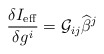
\begin{align*}\frac{\delta I_{\rm eff}}{\delta g^i}={\cal G}_{ij}{\widehat \beta}^j\end{align*}